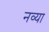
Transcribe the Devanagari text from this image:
नव्‍या